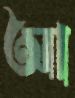
আ